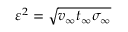
\varepsilon ^ { 2 } = \sqrt { v _ { \infty } t _ { \infty } \sigma _ { \infty } }